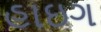
હાઇગ